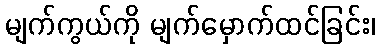
မျက်ကွယ်ကို မျက်မှောက်ထင်ခြင်း၊